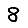
Digit: 8